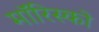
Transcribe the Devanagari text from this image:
मॉरिस्को